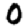
Digit: 0